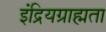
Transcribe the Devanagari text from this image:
इंद्रियग्राह्मता